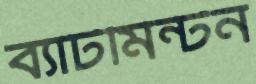
ব্যাটমিন্টন